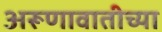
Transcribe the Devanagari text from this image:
अरूणावातीच्या